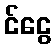
င်ငွေ